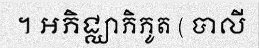
។ អភិជ្ឈាភិភូត ( បាលី